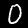
Label: 0